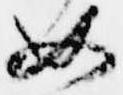
如